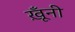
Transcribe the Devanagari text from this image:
ख़ूँनी